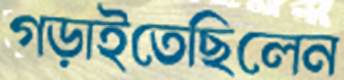
গড়াইতেছিলেন